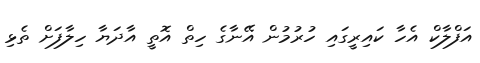
އަފްލާކް އެހާ ކައިރީގައި ހުރުމުން އޭނާގެ ހިތް އޮތީ އާދަޔާ ހިލާފަށް ތެޅި